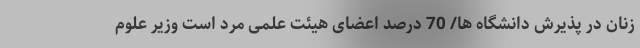
زنان در پذیرش دانشگاه ها/ 70 درصد اعضای هیئت علمی مرد است وزیر علوم